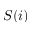
S ( i )